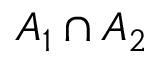
A _ { 1 } \cap A _ { 2 }